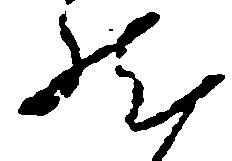
然